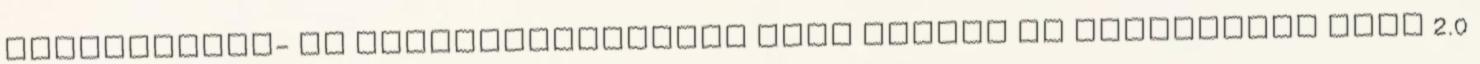
Logisztikai- és raktárfejlesztés Pest megyén és Budapesten ESCO 2.0